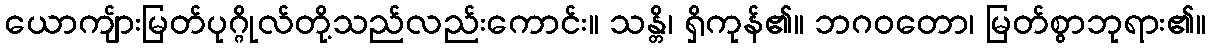
ယောကျ်ားမြတ်ပုဂ္ဂိုလ်တို့သည်လည်းကောင်း။ သန္တိ၊ ရှိကုန်၏။ ဘဂဝတော၊ မြတ်စွာဘုရား၏။